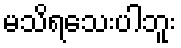
မသိရသေးပါဘူး